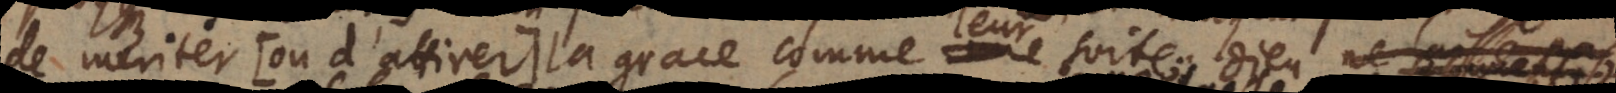
de meriter (: ou d’attirer:) la grace comme leur suite; Dieu